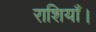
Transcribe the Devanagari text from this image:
राशियाँ।